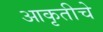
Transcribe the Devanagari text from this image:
आकृतीचे